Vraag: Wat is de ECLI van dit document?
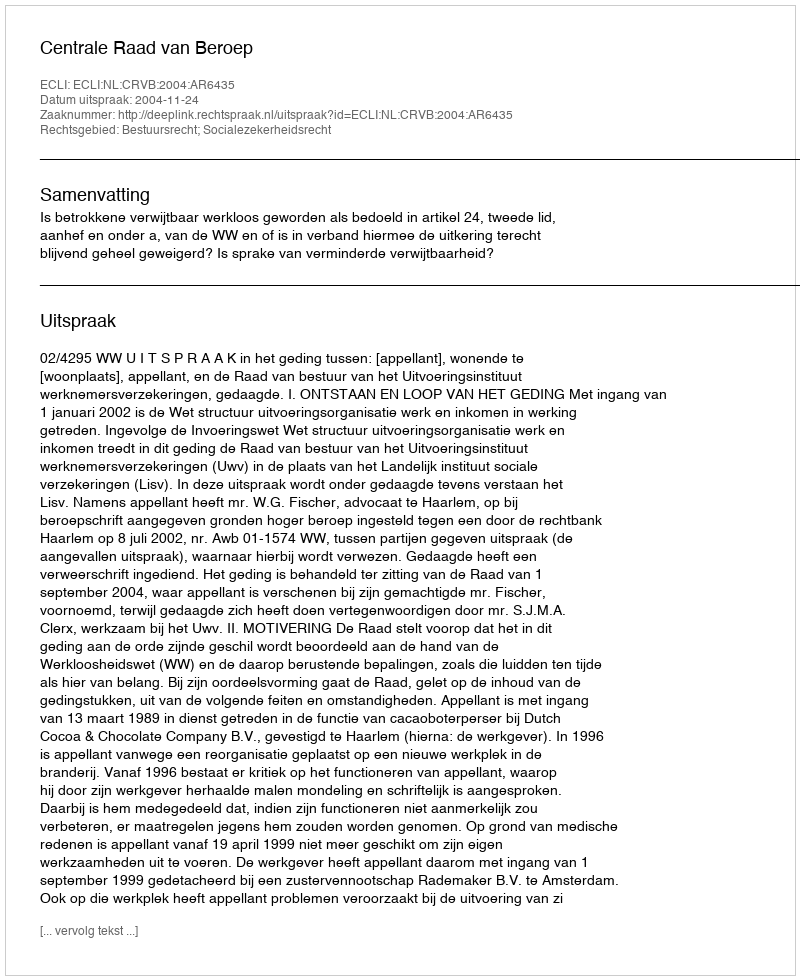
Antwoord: ECLI:NL:CRVB:2004:AR6435